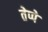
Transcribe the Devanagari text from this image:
तेप्पे